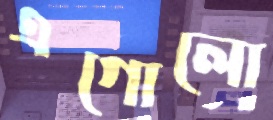
এগোলো